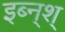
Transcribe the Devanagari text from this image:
इब्न्‌श्